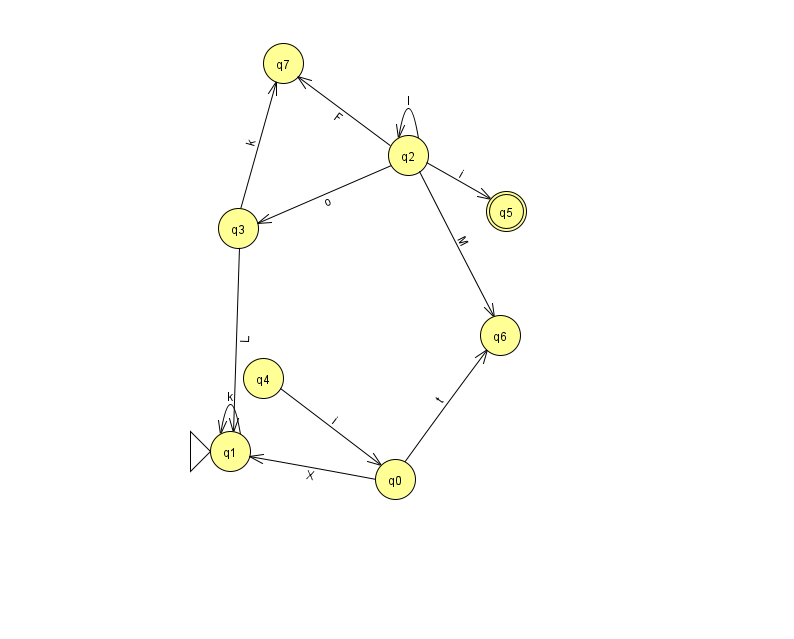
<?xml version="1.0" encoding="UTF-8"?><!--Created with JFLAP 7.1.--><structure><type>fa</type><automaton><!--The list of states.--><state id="0" name="q0"><x>395.0</x><y>466.0</y></state><state id="1" name="q1"><x>230.0</x><y>438.0</y><initial/></state><state id="2" name="q2"><x>408.0</x><y>142.0</y></state><state id="3" name="q3"><x>238.0</x><y>215.0</y></state><state id="4" name="q4"><x>263.0</x><y>365.0</y></state><state id="5" name="q5"><x>506.0</x><y>198.0</y><final/></state><state id="6" name="q6"><x>500.0</x><y>322.0</y></state><state id="7" name="q7"><x>283.0</x><y>50.0</y></state><!--The list of transitions.--><transition><from>2</from><to>3</to><read>o</read></transition><transition><from>2</from><to>7</to><read>F</read></transition><transition><from>3</from><to>7</to><read>k</read></transition><transition><from>0</from><to>6</to><read>t</read></transition><transition><from>2</from><to>5</to><read>i</read></transition><transition><from>2</from><to>6</to><read>M</read></transition><transition><from>2</from><to>2</to><read>I</read></transition><transition><from>1</from><to>1</to><read>k</read></transition><transition><from>0</from><to>1</to><read>X</read></transition><transition><from>4</from><to>0</to><read>i</read></transition><transition><from>3</from><to>1</to><read>L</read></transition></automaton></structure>